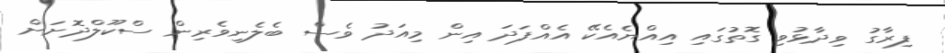
ފިރާގު ވިދާޅުވި ގޮތުގައި އިއްޔެއެކޭ އެއްފަދަ އިން މިއަދު ވެސް ބެލެނިވެރިން ސްކޫލްދޮށަށް